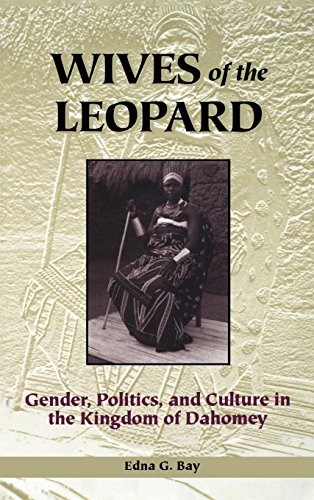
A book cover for Wives of the Leopard: Gender, Politics, and Culture in the Kingdom of Dahomey; Edna G. Bay; Gay & Lesbian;